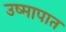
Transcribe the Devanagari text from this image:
उष्मापात